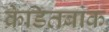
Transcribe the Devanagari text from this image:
क्रेडितबांक